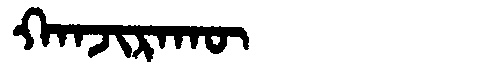
Manchu: ᡴᠠᠨᠵᡳᡵᠠᡴᡡ
Romanization: KANJIRAKŪ